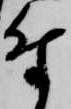
付